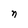
Character: n